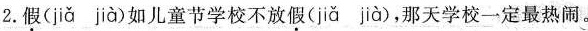
2. 假( jiǎ jà )如儿童节学校不放假( jiǎ jià )，那天学校一定最热闹。